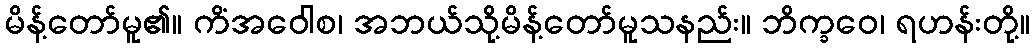
မိန့်တော်မူ၏။ ကိံအဝေါစ၊ အဘယ်သို့မိန့်တော်မူသနည်း။ ဘိက္ခဝေ၊ ရဟန်းတို့။